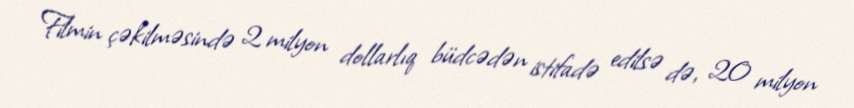
Filmin çəkilməsində 2 milyon dollarlıq büdcədən istifadə edilsə də, 20 milyon